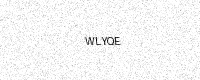
Text: WLYQE